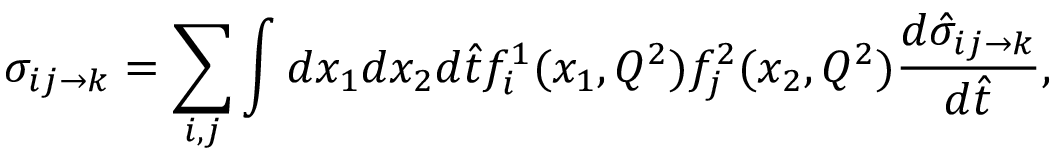
\sigma _ { i j \rightarrow k } = \sum _ { i , j } \int d x _ { 1 } d x _ { 2 } d { \hat { t } } f _ { i } ^ { 1 } ( x _ { 1 } , Q ^ { 2 } ) f _ { j } ^ { 2 } ( x _ { 2 } , Q ^ { 2 } ) { \frac { d { \hat { \sigma } } _ { i j \rightarrow k } } { d { \hat { t } } } } ,